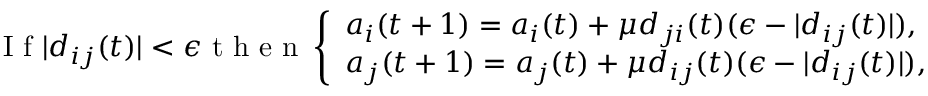
\begin{array} { r } { \mathrm { ~ I ~ f ~ } | d _ { i j } ( t ) | < \epsilon \mathrm { ~ t ~ h ~ e ~ n ~ } \left\{ \begin{array} { l l } { a _ { i } ( t + 1 ) = a _ { i } ( t ) + \mu d _ { j i } ( t ) ( \epsilon - | d _ { i j } ( t ) | ) , } \\ { a _ { j } ( t + 1 ) = a _ { j } ( t ) + \mu d _ { i j } ( t ) ( \epsilon - | d _ { i j } ( t ) | ) , } \end{array} \right. } \end{array}